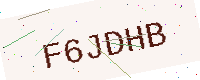
Text: F6JDHB